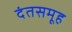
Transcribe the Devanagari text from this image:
दंतसमूह